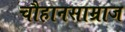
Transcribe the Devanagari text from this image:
चौहानसाम्राज